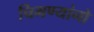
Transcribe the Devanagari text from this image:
चिमण्यांनो